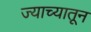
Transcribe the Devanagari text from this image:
ज्याच्यातून